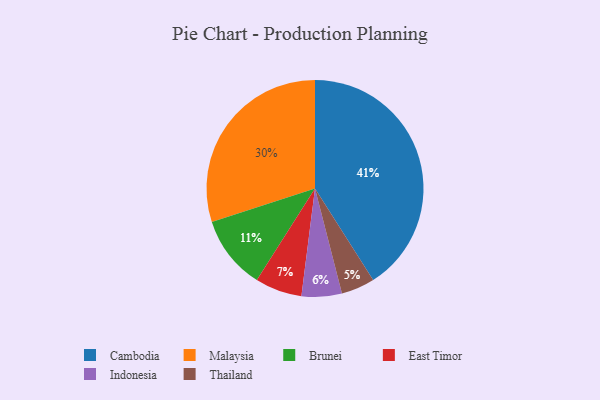
{"axis": {"x": "Category", "y": "Percentage"}, "legend": ["Brunei", "Cambodia", "East Timor", "Indonesia", "Malaysia", "Thailand"], "data": [{"x": "East Timor", "y": 7, "type": "East Timor"}, {"x": "Thailand", "y": 5, "type": "Thailand"}, {"x": "Indonesia", "y": 6, "type": "Indonesia"}, {"x": "Brunei", "y": 11, "type": "Brunei"}, {"x": "Malaysia", "y": 30, "type": "Malaysia"}, {"x": "Cambodia", "y": 41, "type": "Cambodia"}]}